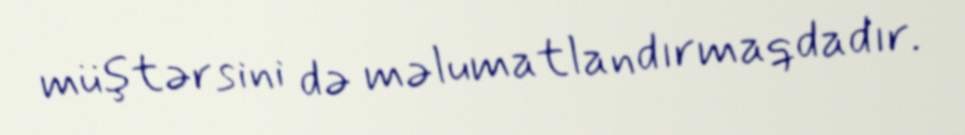
müştərsini də məlumatlandırmaqdadır.